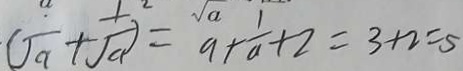
( \sqrt { a } + \frac { 1 } { \sqrt { a } } ) = a + \frac { 1 } { a } + 2 = 3 + 2 = 5